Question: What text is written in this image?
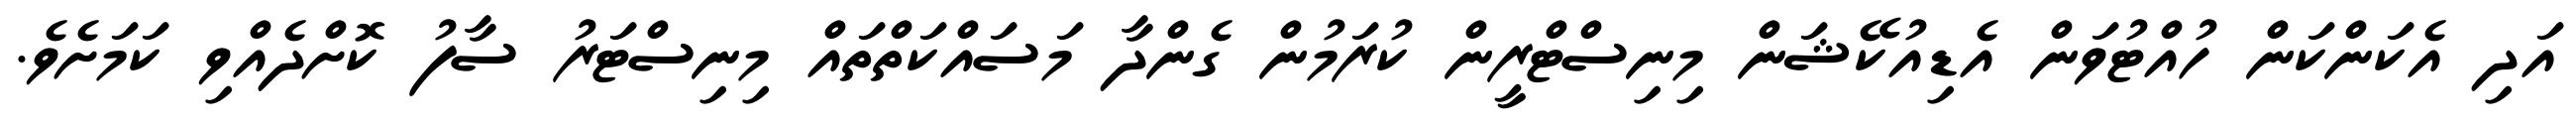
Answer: އަދި އެކަންކަން ހުއްޓުވަން އެޑިއުކޭޝަން މިނިސްޓްރީން ކުރަމުން ގެންދާ މަސައްކަތްތައް މިނިސްޓަރު ސާފު ކޮށްދެއްވި ކަމަށެވެ.